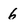
Character: 6